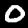
Label: 0